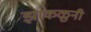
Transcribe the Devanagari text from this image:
झाकळुनी